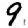
Digit: 9